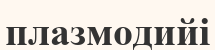
плазмодийі